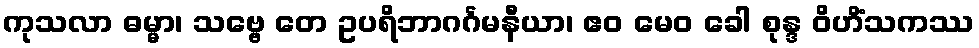
ကုသလာ ဓမ္မာ၊ သဗ္ဗေ တေ ဥပရိဘာဂင်္ဂမနီယာ၊ ဧဝ မေဝ ခေါ စုန္ဒ ဝိဟိံသကဿ